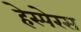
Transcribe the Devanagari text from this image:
हेस्पेरस